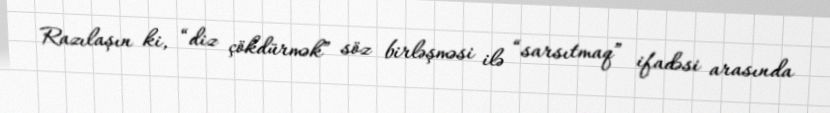
Razılaşın ki, “diz çökdürmək” söz birləşməsi ilə “sarsıtmaq” ifadəsi arasında